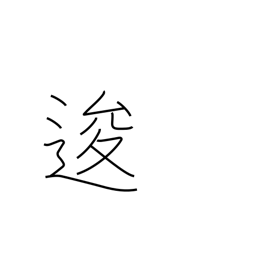
Meaning: go back